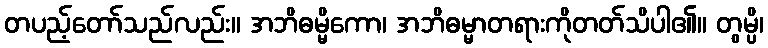
တပည့်တော်သည်လည်း။ အဘိဓမ္မိကော၊ အဘိဓမ္မာတရားကိုတတ်သိပါ၏။ တွမ္ပိ၊